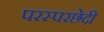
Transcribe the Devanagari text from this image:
परस्परछेदी